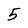
Character: 5